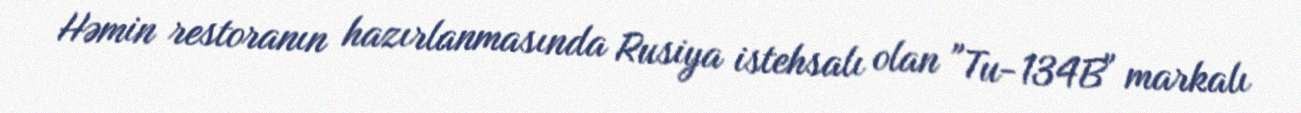
Həmin restoranın hazırlanmasında Rusiya istehsalı olan "Tu-134B" markalı